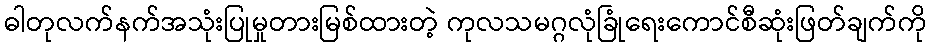
ဓါတုလက်နက်အသုံးပြုမှုတားမြစ်ထားတဲ့ ကုလသမဂ္ဂလုံခြုံရေးကောင်စီဆုံးဖြတ်ချက်ကို